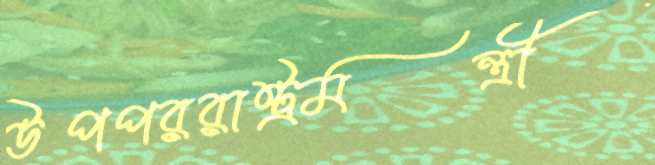
উপপররাষ্ট্রমন্ত্রী